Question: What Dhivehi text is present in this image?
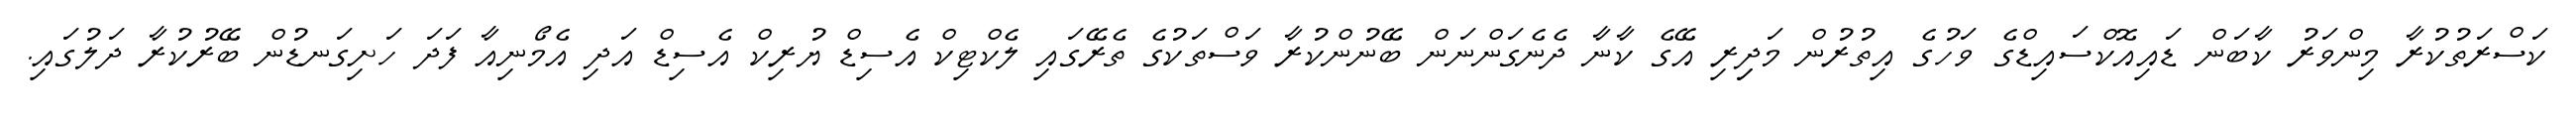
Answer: ކަސްރަތުކުރާ މިންވަރު ކާބަން ޑައިއޮކްސައިޑްގެ ވަހުގެ އިތުރުން މަދިިރި އޭގެ ކާނާ ދެނެގަންނަން ބޭނުންކުރާ ވަސްތަކުގެ ތެރޭގައި ލެކްޓިކް އެސިޑް ޔުރިކް އެސިޑް އަދި އެމޯނިއާ ފަދަ ހަށިގަނޑުން ބޭރުކުރާ ދަލުގައި.